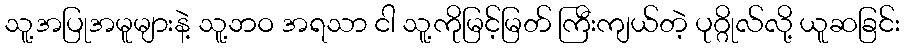
သူ့အပြုအမူများနဲ့ သူ့ဘဝ အရသာ ငါ သူ့ကိုမြင့်မြတ် ကြီးကျယ်တဲ့ ပုဂ္ဂိုလ်လို့ ယူဆခြင်း